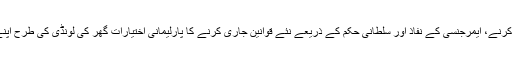
پارلیمنٹ برخاست کرنے، ایمرجنسی کے نفاذ اور سلطانی حکم کے ذریعے نئے قوانین جاری کرنے کا پارلیمانی اختیارات گھر کی لونڈی کی طرح اپنے پاس رکھ لیا ہے۔